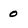
Character: 0